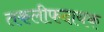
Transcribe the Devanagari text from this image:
तकलीफदायक